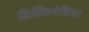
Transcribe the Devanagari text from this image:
डिस्किनेसिया